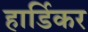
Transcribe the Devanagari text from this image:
हार्डिकर